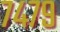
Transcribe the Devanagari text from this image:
७४७९